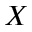
X